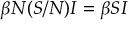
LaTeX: \beta N ( S / N ) I = \beta S I